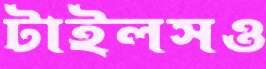
টাইলসও